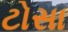
ટોસા